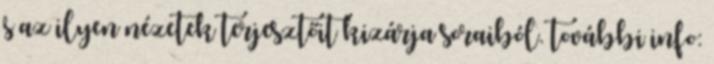
s az ilyen nézetek terjesztőit kizárja soraiból. további info: